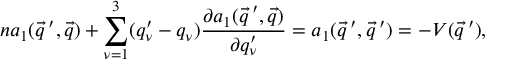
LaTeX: n a _ { 1 } ( \vec { q } \, ^ { \prime } , \vec { q } ) + \sum _ { \nu = 1 } ^ { 3 } ( q _ { \nu } ^ { \prime } - q _ { \nu } ) \frac { \partial a _ { 1 } ( \vec { q } \, ^ { \prime } , \vec { q } ) } { \partial q _ { \nu } ^ { \prime } } = a _ { 1 } ( \vec { q } \, ^ { \prime } , \vec { q } \, ^ { \prime } ) = - V ( \vec { q } \, ^ { \prime } ) ,